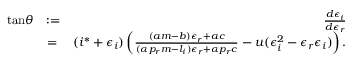
\begin{array} { r l r } { \mathrm { t a n } \theta } & { : = } & { \frac { d \epsilon _ { i } } { d \epsilon _ { r } } } \\ & { = } & { ( i ^ { * } + \epsilon _ { i } ) \left( \frac { ( a m - b ) \epsilon _ { r } + a c } { ( \alpha p _ { r } m - l _ { i } ) \epsilon _ { r } + \alpha p _ { r } c } - u ( \epsilon _ { i } ^ { 2 } - \epsilon _ { r } \epsilon _ { i } ) \right) . } \end{array}